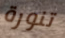
تنورة